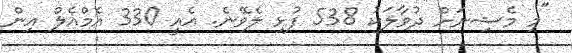
"މި މެޝިނަށް ދުވާލަކު 538 ފުޅި ލެވޭނެ. އެއީ 330 އެމްއެލް އިން